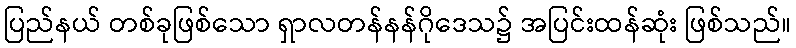
ပြည်နယ် တစ်ခုဖြစ်သော ရှာလတန်နန်ဂိုဒေသ၌ အပြင်းထန်ဆုံး ဖြစ်သည်။